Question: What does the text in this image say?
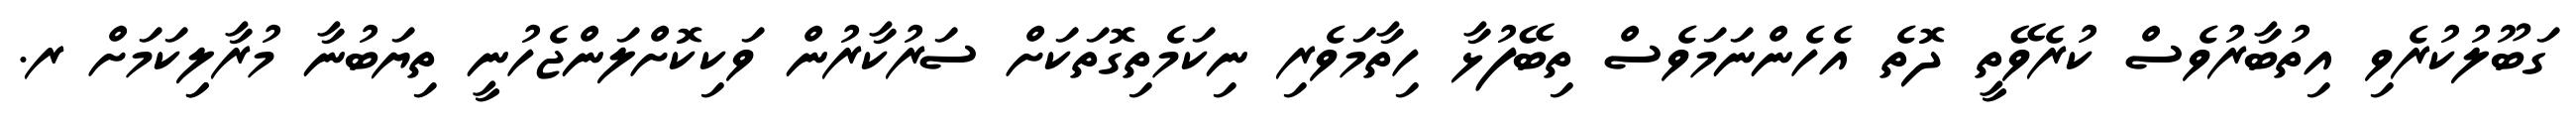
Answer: ގަބޫލުކުރެވި އިތުބާރުވެސް ކުރެވޭތީ ދޮތެ އެހެންނަމަވެސް ތިބޭފުޅާ ހިތާމަވެރި ނިކަމެތިގޮތަކަށް ސަރުކާރުން ވަކިކޮށްލަންޖެހުނީ ތިޔަބުނާ މުރާލިިކަމަށް ރ.